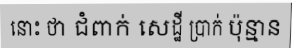
នោះ ថា ជំពាក់ សេដ្ឋី ប្រាក់ ប៉ុន្មាន